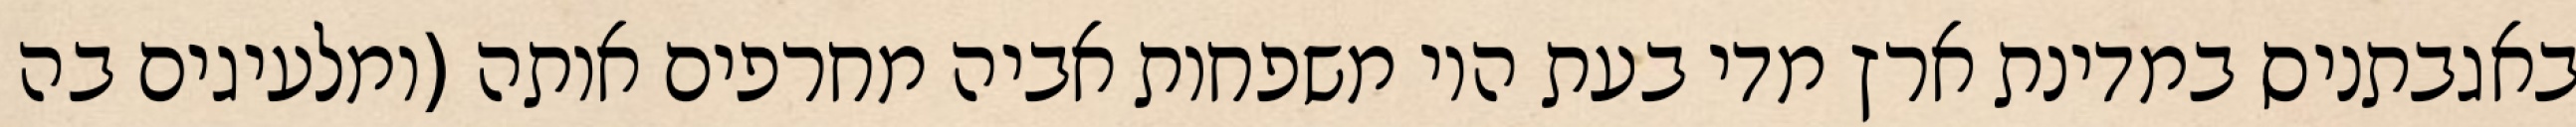
באגבתניס במדינת ארץ מדי בעת היו משפחות אביה מחרפים אותה (ומלעיגים בה